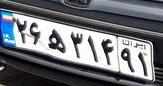
۲۶ه۳۱۴۹۱